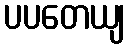
ပပတေယျ